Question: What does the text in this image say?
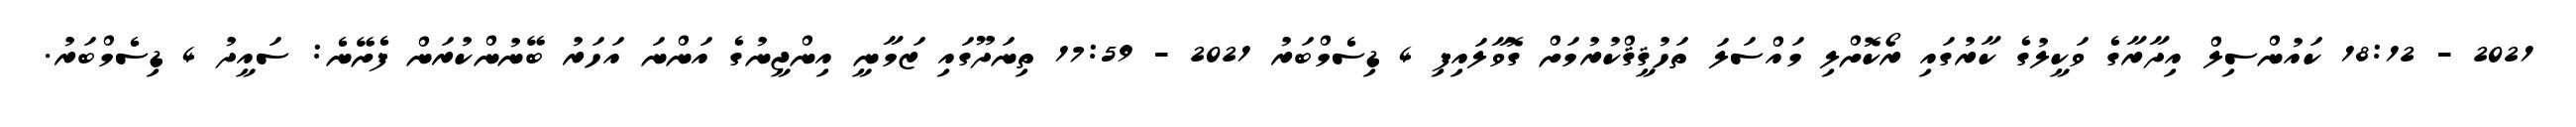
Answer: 2021 - 18:12 ކައުންސިލް އިދާރާގެ ވަކީލުގެ ކާރުގައި ރޯކޮށްލި މައްސަލަ ތަހުޤީޤްކުރުމަށް ގޮވާލައިފި 4 ޑިސެމްބަރު 2021 - 17:59 ތިނަދޫގައި ޒަމާނީ އިންޖީނުގެ އަންނަ އަހަރު ބޭނުންކުރަން ފެށޭނެ: ސައީދު 4 ޑިސެމްބަރު.